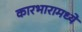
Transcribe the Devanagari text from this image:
कारभारामध्ये